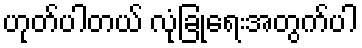
ဟုတ်ပါတယ် လုံခြုံရေးအတွက်ပါ